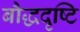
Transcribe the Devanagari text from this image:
बौद्धदृष्टि